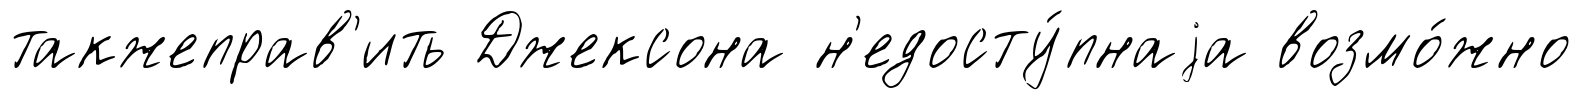
такжеправ'ить Джексона н'едосту́пнаjа возмо́жно